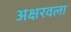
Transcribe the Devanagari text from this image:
अक्षरवला